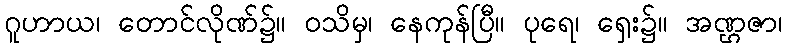
ဂူဟာယ၊ တောင်လိုဏ်၌။ ဝသိမှ၊ နေကုန်ပြီ။ ပုရေ၊ ရှေး၌။ အဏ္ဌဇာ၊